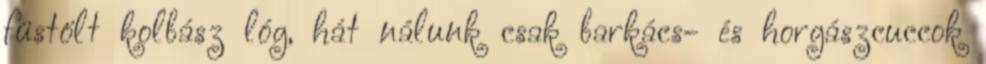
füstölt kolbász lóg, hát nálunk csak barkács- és horgászcuccok